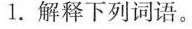
1.解释下列词语。